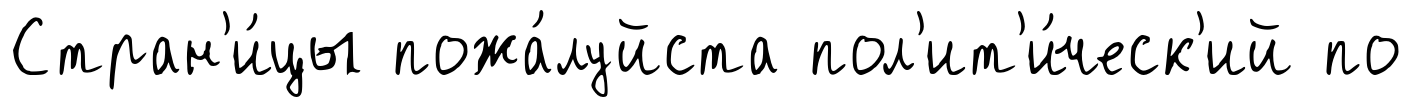
Стран'и́цы пожа́луйста пол'ит'и́ческ'ий по